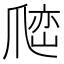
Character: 𰠅